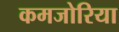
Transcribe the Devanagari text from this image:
कमजोरिया